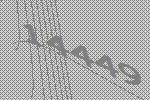
14449